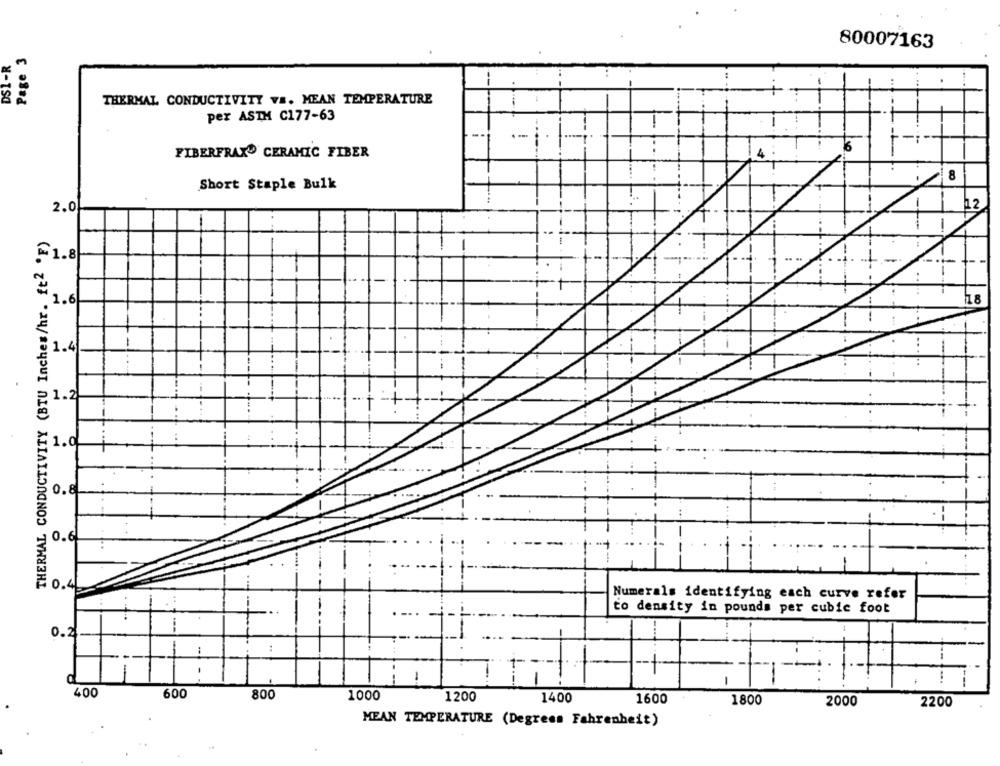
80007163
Page 3
DS1 -R
THERMAL CONDUCTIVITY VE. MEAN TEMPERATURE
per ASTH C177-63
-
FIBERFRAX® CERAMIC FIBER
4
8
Short Staple Bulk
2.0
THERMAL CONDUCTIVITY (BTU Inches/hr. ft2 'F)
~1.8
18
1.6
1.4
1.2.
1.0
0.6
0.4
Numerals identifying each curve refer
. ...
to density in pounds per cubic foot
--
0.2
--
..
d
- .
-
---
400
600
800
1000
1200
1400
1600
1800
2000
2200
MEAN TEMPERATURE (Degrees Fahrenheit)